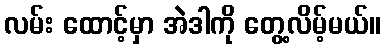
လမ်း ထောင့်မှာ အဲဒါကို တွေ့လိမ့်မယ်။